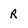
Character: R